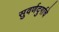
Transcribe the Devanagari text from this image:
सुवर्णदुर्गाचे